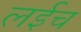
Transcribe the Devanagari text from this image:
लईच